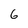
Character: 6